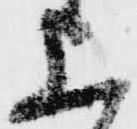
上